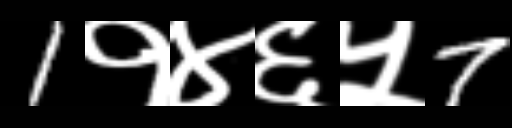
Text: 1१४६५7